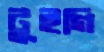
টুইগি